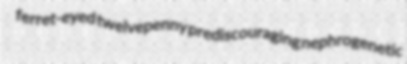
ferret-eyed twelvepenny prediscouraging nephrogenetic